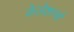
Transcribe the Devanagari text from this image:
केलेशर्न्स